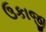
ઉકાજી